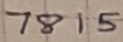
Text: 7815